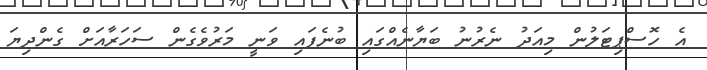
އެ ހޮސްޕިޓަލުން މިއަދު ނެރުނު ބަޔާނެއްގައި ބުނެފައި ވަނީ މަރުވެގެން ސަހަރާއަށް ގެންދިޔަ